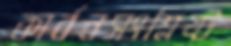
কার্বনসংশ্লিষ্ট